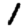
Digit: 1